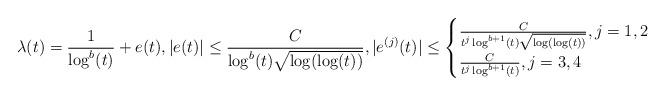
LaTeX: \begin{align*} \lambda(t) = \frac{1}{\log^{b}(t)} + e(t), |e(t)| \leq \frac{C}{\log^{b}(t)\sqrt{\log(\log(t))}},|e^{(j)}(t)| \leq \begin{cases}\frac{C}{t^{j} \log^{b+1}(t) \sqrt{\log(\log(t))}}, j=1,2\\\frac{C}{t^{j}\log^{b+1}(t)}, j=3,4\end{cases}\end{align*}